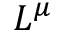
L ^ { \mu }